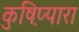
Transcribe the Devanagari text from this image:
कुष़िप्पारा